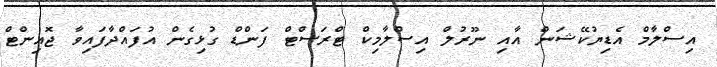
އިސްލާމް އެޑިޔުކޭޝަން އާއި ނޫރުލް އިސްލާމިކް ޓްރަސްޓް ފަންޑް ގުޅިގެން އުފައްދާފައިވާ ޖޮއިންޓް